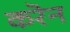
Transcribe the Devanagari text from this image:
करॆन